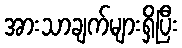
အားသာချက်များရှိပြီး